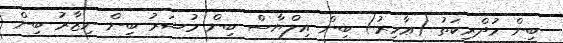
ބިން މުދްރިކަތު (ޢާމިރު) ބިން އިލްޔާސް ބިން މުޟަރު ބިން ނިޒާރު ބިން